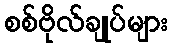
စစ်ဗိုလ်ချုပ်များ